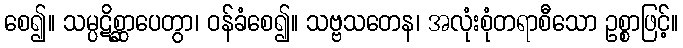
စေ၍။ သမ္ပဋိစ္ဆာပေတွာ၊ ဝန်ခံစေ၍။ သဗ္ဗသတေန၊ အလုံးစုံတရာစီသော ဥစ္စာဖြင့်။